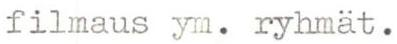
filmaus ym. ryhmät.